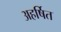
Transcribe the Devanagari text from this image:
अहर्षित